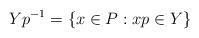
LaTeX: \begin{align*}Yp^{-1} = \{x\in P: xp\in Y\}\end{align*}